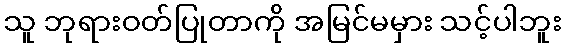
သူ ဘုရားဝတ်ပြုတာကို အမြင်မမှား သင့်ပါဘူး